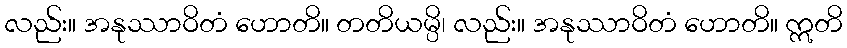
လည်း။ အနုဿာဝိတံ ဟောတိ။ တတိယမ္ပိ၊ လည်း။ အနုဿာဝိတံ ဟောတိ။ ဣတိ